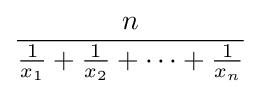
{\frac {n}{{\frac {1}{x_{1}}}+{\frac {1}{x_{2}}}+\cdots +{\frac {1}{x_{n}}}}}